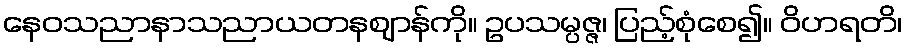
နေဝသညာနာသညာယတနဈာန်ကို။ ဥပသမ္ပဇ္ဇ၊ ပြည့်စုံစေ၍။ ဝိဟရတိ၊